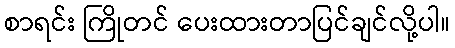
စာရင်း ကြိုတင် ပေးထားတာပြင်ချင်လို့ပါ။